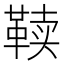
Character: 𱁷